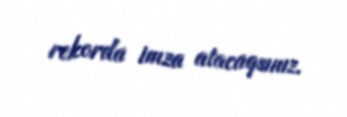
rekorda imza atacaqsınız.